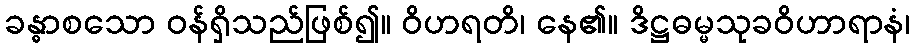
ခန္ဓာစသော ဝန်ရှိသည်ဖြစ်၍။ ဝိဟရတိ၊ နေ၏။ ဒိဋ္ဌဓမ္မသုခဝိဟာရာနံ၊